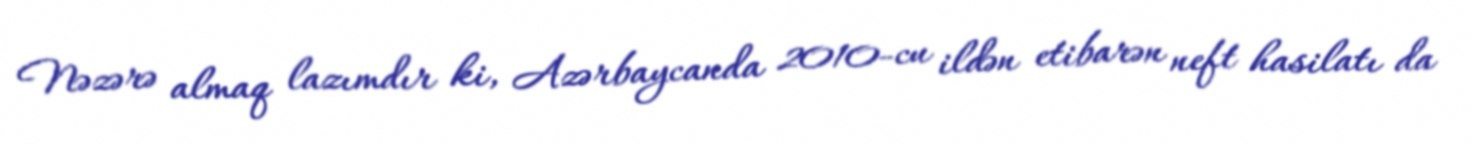
Nəzərə almaq lazımdır ki, Azərbaycanda 2010-cu ildən etibarən neft hasilatı da